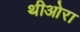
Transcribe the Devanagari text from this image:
थीओरा